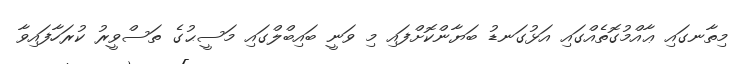
މިތާނގައި ޢާއްމުގޮތެއްގައި އަޅުގަނޑު ބަޔާންކޮށްފައި މި ވަނީ ބައިބްލްގައި މަސީޙުގެ ތަސްވީރު ކުރަހާފައިވާ